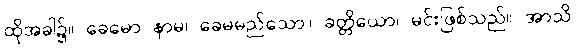
ထိုအခါ၌။ ခေမော နာမ၊ ခေမမည်သော။ ခတ္တိယော၊ မင်းဖြစ်သည်။ အာသိ၊